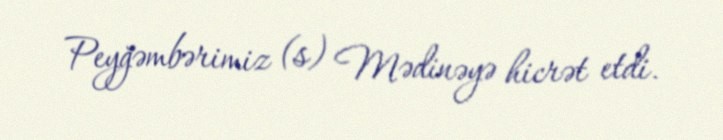
Peyğəmbərimiz (s) Mədinəyə hicrət etdi.